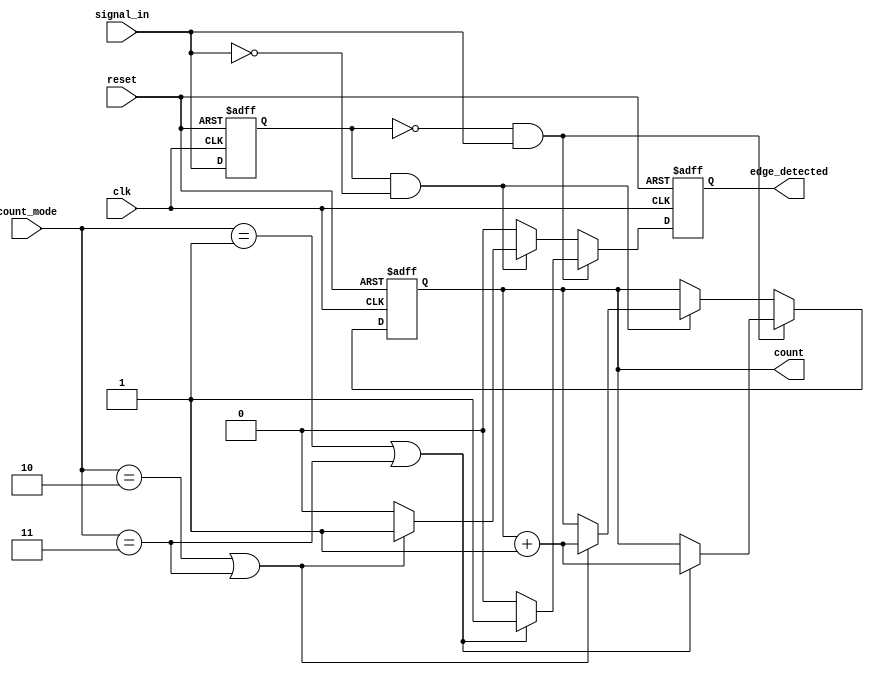
module edge_counter #(parameter WIDTH = 8) (
    input wire clk,
    input wire reset,
    input wire signal_in,
    input wire [1:0] count_mode, // 00: No count, 01: Count rising edges, 10: Count falling edges, 11: Count both edges
    output reg [WIDTH-1:0] count,
    output reg edge_detected
);

    reg signal_in_prev;

    // Update edge_detected and count on the rising edge of the clock
    always @(posedge clk or posedge reset) begin
        if (reset) begin
            count <= 0;
            edge_detected <= 0;
            signal_in_prev <= 0;
        end else begin
            edge_detected <= 0; // Clear edge_detected flag
            
            // Edge detection logic
            if (signal_in_prev == 0 && signal_in == 1) begin
                // Rising edge detected
                if (count_mode == 2'b01 || count_mode == 2'b11) begin
                    count <= count + 1;
                    edge_detected <= 1; // Set edge_detected flag
                end
            end else if (signal_in_prev == 1 && signal_in == 0) begin
                // Falling edge detected
                if (count_mode == 2'b10 || count_mode == 2'b11) begin
                    count <= count + 1;
                    edge_detected <= 1; // Set edge_detected flag
                end
            end
            
            // Update previous signal state
            signal_in_prev <= signal_in;
        end
    end
endmodule